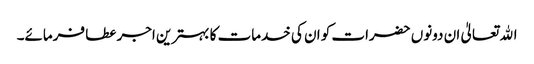
اﷲ تعالیٰ ان دونوں حضرات کو ان کی خدمات کا بہترین اجر عطا فرمائے۔